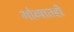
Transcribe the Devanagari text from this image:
गोव्यातही